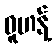
ဝူဟန့်